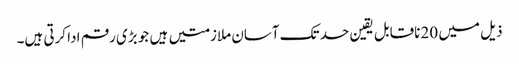
ذیل میں 20 ناقابل یقین حد تک آسان ملازمتیں ہیں جو بڑی رقم ادا کرتی ہیں۔